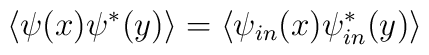
\left\langle \psi (x)\psi ^{\ast }(y)\right\rangle =\left\langle \psi_{in}(x)\psi _{in}^{\ast }(y)\right\rangle